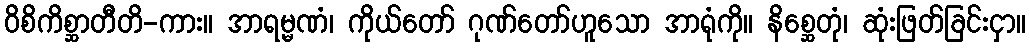
ဝိစိကိစ္ဆာတီတိ-ကား။ အာရမ္မဏံ၊ ကိုယ်တော် ဂုဏ်တော်ဟူသော အာရုံကို။ နိစ္ဆေတုံ၊ ဆုံးဖြတ်ခြင်းငှာ။